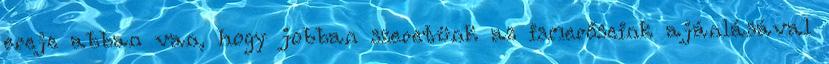
ereje abban van, hogy jobban szeretünk az ismerőseink ajánlásával